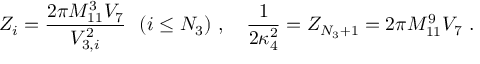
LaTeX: Z _ { i } = \frac { 2 \pi M _ { 1 1 } ^ { 3 } V _ { 7 } } { V _ { 3 , i } ^ { 2 } } \ \ ( i \leq N _ { 3 } ) \ , \quad \frac { 1 } { 2 \kappa _ { 4 } ^ { 2 } } = Z _ { N _ { 3 } + 1 } = { 2 \pi M _ { 1 1 } ^ { 9 } V _ { 7 } } \ .